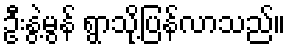
ဦးနွဲ့မွန် ရွာသို့ပြန်လာသည်။